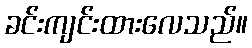
ခင်းကျင်းထားလေသည်။